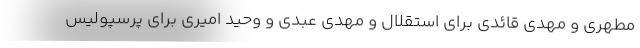
مطهری و مهدی قائدی برای استقلال و مهدی عبدی و وحید امیری برای پرسپولیس